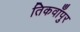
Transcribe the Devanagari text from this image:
तिकवाँपुर